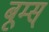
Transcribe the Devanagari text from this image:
बूम्स्